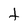
Character: t